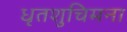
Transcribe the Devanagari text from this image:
धृतशुचिमना